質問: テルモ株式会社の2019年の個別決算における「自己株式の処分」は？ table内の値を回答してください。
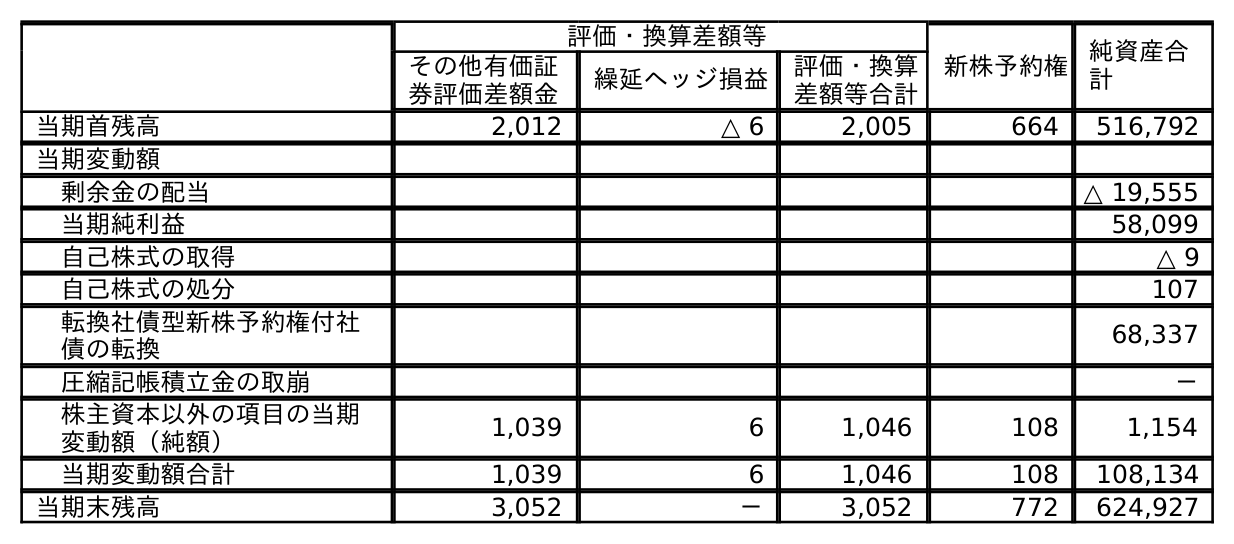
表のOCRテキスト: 評価・換算差額等 新株予約権 純資産合 計 その他有価証 券評価差額金 繰延ヘッジ損益 評価・換算 差額等合計 当期首残高 2,012 △ 6 2,005 664 516,792 当期変動額 剰余金の配当 △ 19,555 当期純利益 58,099 自己株式の取得 △ 9 自己株式の処分 107 転換社債型新株予約権付社 債の転換 68,337 圧縮記帳積立金の取崩 － 株主資本以外の項目の当期 変動額（純額） 1,039 6 1,046 108 1,154 当期変動額合計 1,039 6 1,046 108 108,134 当期末残高 3,052 － 3,052 772 624,927
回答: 107